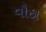
વૌઠા